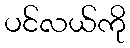
ပင်လယ်ကို